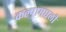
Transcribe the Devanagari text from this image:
कल्पामधली